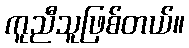
ကူညီသူဖြစ်တယ်။